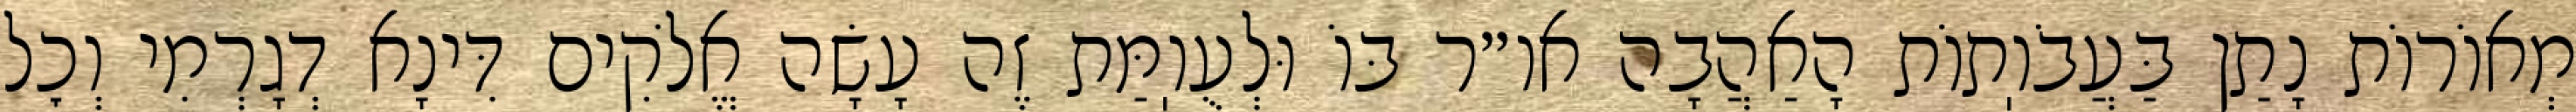
מְאוֹרוֹת נָתַן בַּעֲבֹוֽתוֹת הָאַהֲבָה או״ר בּוֹ וּלְעֻוֽמַּת זֶה עָשָׂה אֱלֹקִים דִּינָא דְגָרְמִי וְכׇל